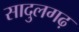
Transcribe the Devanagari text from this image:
सादुलगढ़